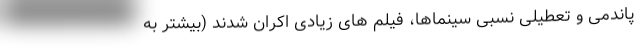
پاندمی و تعطیلی نسبی سینماها، فیلم های زیادی اکران شدند (بیشتر به